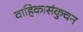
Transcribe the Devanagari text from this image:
वाहिकासंकुचन